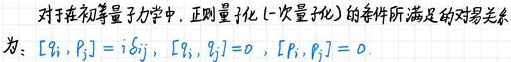
对于在初等量子力学中，正则量  化 (一次量子化) 的算符所满足的对易关系为: $[\hat{q}_i,\hat{p}_j] = i\hbar\delta_{ij}$, $[\hat{q}_i,\hat{q}_j]=0$, $[\hat{p}_i,\hat{p}_j]=0$.